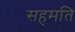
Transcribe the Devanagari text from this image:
सहमति